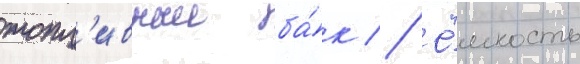
топл'ивныи ба́к // Ё́мкость